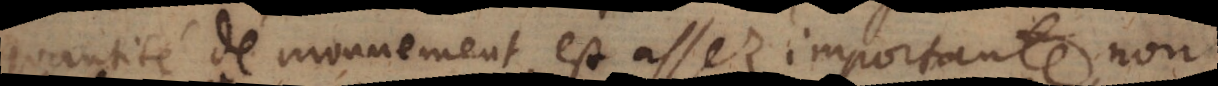
quantité de mouvement est assez importante, no